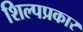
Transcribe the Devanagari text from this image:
शिल्पप्रकार